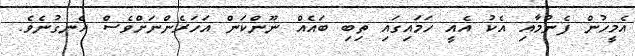
އެމީހުން ފެނުމާއި އެކު އެއީ ހަމައިގައި ތިބި ބައެއް ނޫންކަން އަހަރެންނަށްވެސް އެނގުނެވެ.